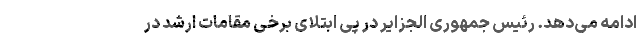
ادامه می‌دهد. رئیس جمهوری الجزایر در پی ابتلای برخی مقامات ارشد در